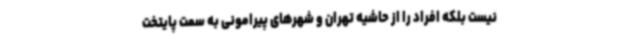
نیست بلکه افراد را از حاشیه تهران و شهرهای پیرامونی به سمت پایتخت